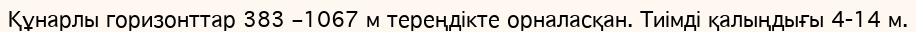
Құнарлы горизонттар 383 –1067 м тереңдікте орналасқан. Тиімді қалыңдығы 4-14 м.